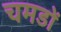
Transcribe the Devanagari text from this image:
चमडों